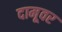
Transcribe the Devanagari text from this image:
दामूवर